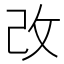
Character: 改